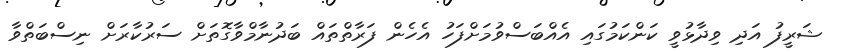
ޝަރީފު އަދި ވިދާޅުވީ ކަންކަމުގައި އެއްބަސްވުމަށްފަހު އެހެން ފަރާތްތައް ބަދުނާމްވާގޮތަށް ސަރުކާރަށް ނިސްބަތްވާ